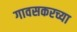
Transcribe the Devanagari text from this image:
गावसकरच्या